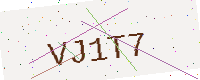
Text: VJ1T7